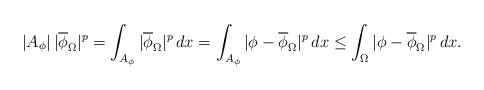
LaTeX: \begin{align*}|A_\phi|\,|\overline\phi_\Omega|^p=\int_{A_\phi} |\overline\phi_\Omega|^p\,dx=\int_{A_\phi} |\phi-\overline\phi_\Omega|^p\,dx\le \int_{\Omega} |\phi-\overline\phi_\Omega|^p\,dx.\end{align*}